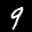
Label: 9